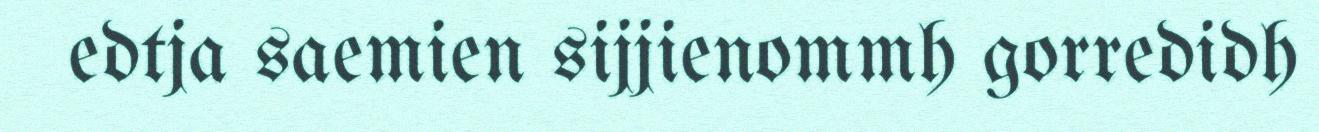
edtja saemien sijjienommh gorredidh